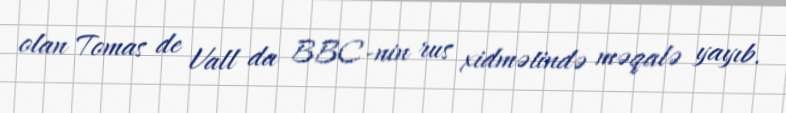
olan Tomas de Vall da BBC-nin rus xidmətində məqalə yayıb.